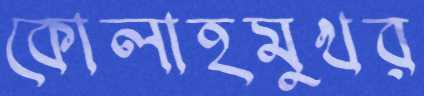
কোলাহমুখর